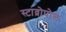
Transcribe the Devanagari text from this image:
स्टाव्रोपोल